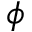
\phi